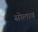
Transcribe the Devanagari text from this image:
सोलाव